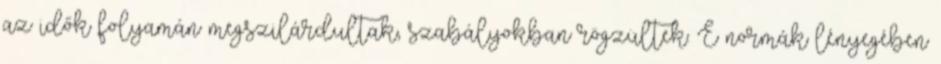
az idők folyamán megszilárdultak, szabályokban rögzültek. E normák lényegében